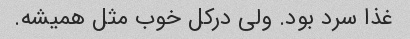
غذا سرد بود. ولی درکل خوب مثل همیشه.